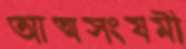
আত্মসংযমী